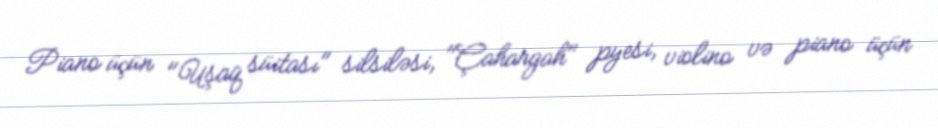
Piano üçün "Uşaq süitası" silsiləsi, "Çahargah" pyesi, violino və piano üçün